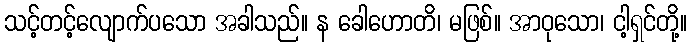
သင့်တင့်လျောက်ပသော အခါသည်။ န ခေါဟောတိ၊ မဖြစ်။ အာဝုသော၊ ငါ့ရှင်တို့။